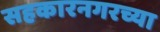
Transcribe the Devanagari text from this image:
सहकारनगरच्या